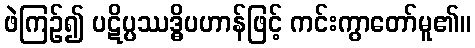
ဖဲကြဉ်၍ ပဋိပ္ပဿဒ္ဓိပဟာန်ဖြင့် ကင်းကွာတော်မူ၏။